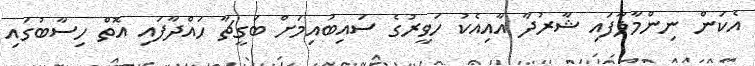
އެކަން ނިންމާލާފައި ޝާރުދާ އާއިއެކު ހަވީރުގެ ސައިބުއިމަށް ބަގީޗާ ހައްދާފައި އޮތް ހިސާބުގައި